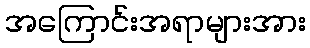
အကြောင်းအရာများအား